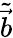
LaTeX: \widetilde{\vec{b}}